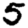
Digit: 5